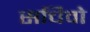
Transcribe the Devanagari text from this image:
सचिवो